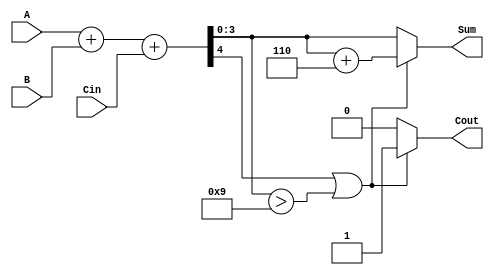
module BCD_Hybrid_Adder (
    input  wire [3:0] A,      // First BCD digit
    input  wire [3:0] B,      // Second BCD digit
    input  wire Cin,          // Carry input
    output reg  [3:0] Sum,    // BCD sum output
    output reg  Cout          // Carry output
);

    wire [4:0] S;            // 5-bit sum to accommodate carry
    wire [4:0] corrected_sum; // Corrected sum after BCD adjustment

    // Binary addition of A, B, and Cin
    assign S = A + B + Cin;

    // BCD correction logic
    always @(*) begin
        if (S[4] || (S[3:0] > 4'd9)) begin
            // If carry out or sum is greater than 9, add 6
            corrected_sum = S + 5'd6;
            Sum = corrected_sum[3:0]; // Take the lower 4 bits
            Cout = 1;                 // Set carry out
        end else begin
            Sum = S[3:0];             // Valid BCD, no correction needed
            Cout = 0;                 // No carry out
        end
    end

endmodule